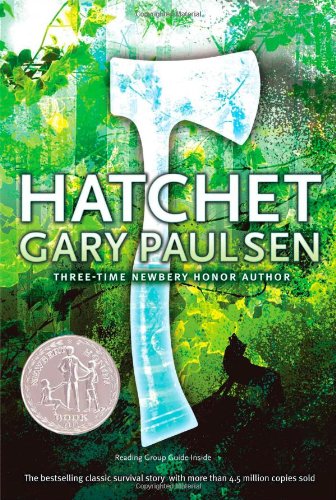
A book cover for Hatchet; Gary Paulsen; Reference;